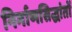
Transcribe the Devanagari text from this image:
निर्माणसिद्धांतों